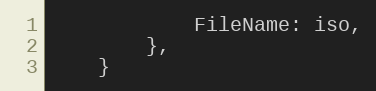
Language: Go
			FileName: iso,
		},
	}